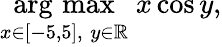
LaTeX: {\underset{x\in[-5,5],\; y\in\mathbb{R}}{\operatorname{arg\, max}}}\; x\cos y,